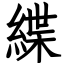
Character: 緤